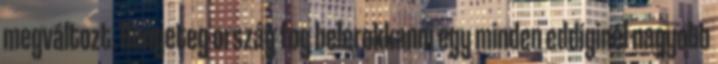
megváltozt. Rengeteg ország fog belerokkanni egy minden eddiginél nagyobb